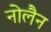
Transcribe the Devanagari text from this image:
नोलैन